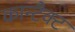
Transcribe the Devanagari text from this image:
कान्टैक्ट